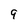
Character: 9